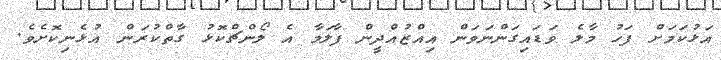
އަޅުކަމަށް ފަހު މާލެ ވަޑައިގަންނަވަން އިއްޒުއްދީން ފާލަމާ އެ ލޯންޗްކޮޅު ގާތްކުރަން އުޅެނިކޮށެވެ.